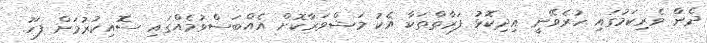
ދެންް ވެރިކަމުގައި ހުރެވޭނީ އިދިކޮޅު ފަރާތްތަކާ އެކު މަޝްވަރާކޮށް އެއްބަސްވުމެއްްގައި ސޮއިކުރުމަށް ފަހު.